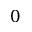
0